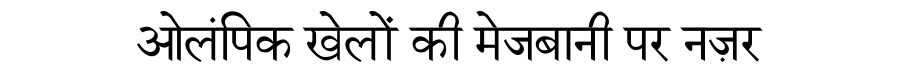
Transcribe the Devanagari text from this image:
ओलंपिक खेलों की मेजबानी पर नज़र